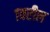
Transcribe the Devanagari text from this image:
१वरील